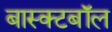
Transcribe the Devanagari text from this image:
बास्क्टबॉल